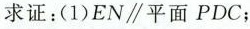
求证：(1)EN∥平面PDC；